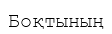
Боқтының